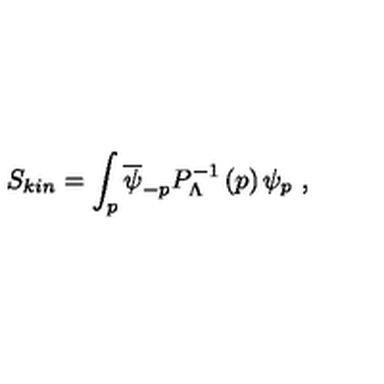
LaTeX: S _ { k i n } = \int _ { p } \overline { \psi } _ { - p } P _ { \Lambda } ^ { - 1 } \left( p \right) \psi _ { p } \ ,